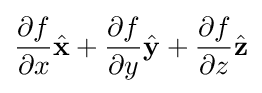
{\partial f \over \partial x}{\hat {\mathbf {x} }}+{\partial f \over \partial y}{\hat {\mathbf {y} }}+{\partial f \over \partial z}{\hat {\mathbf {z} }}